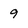
Character: 9